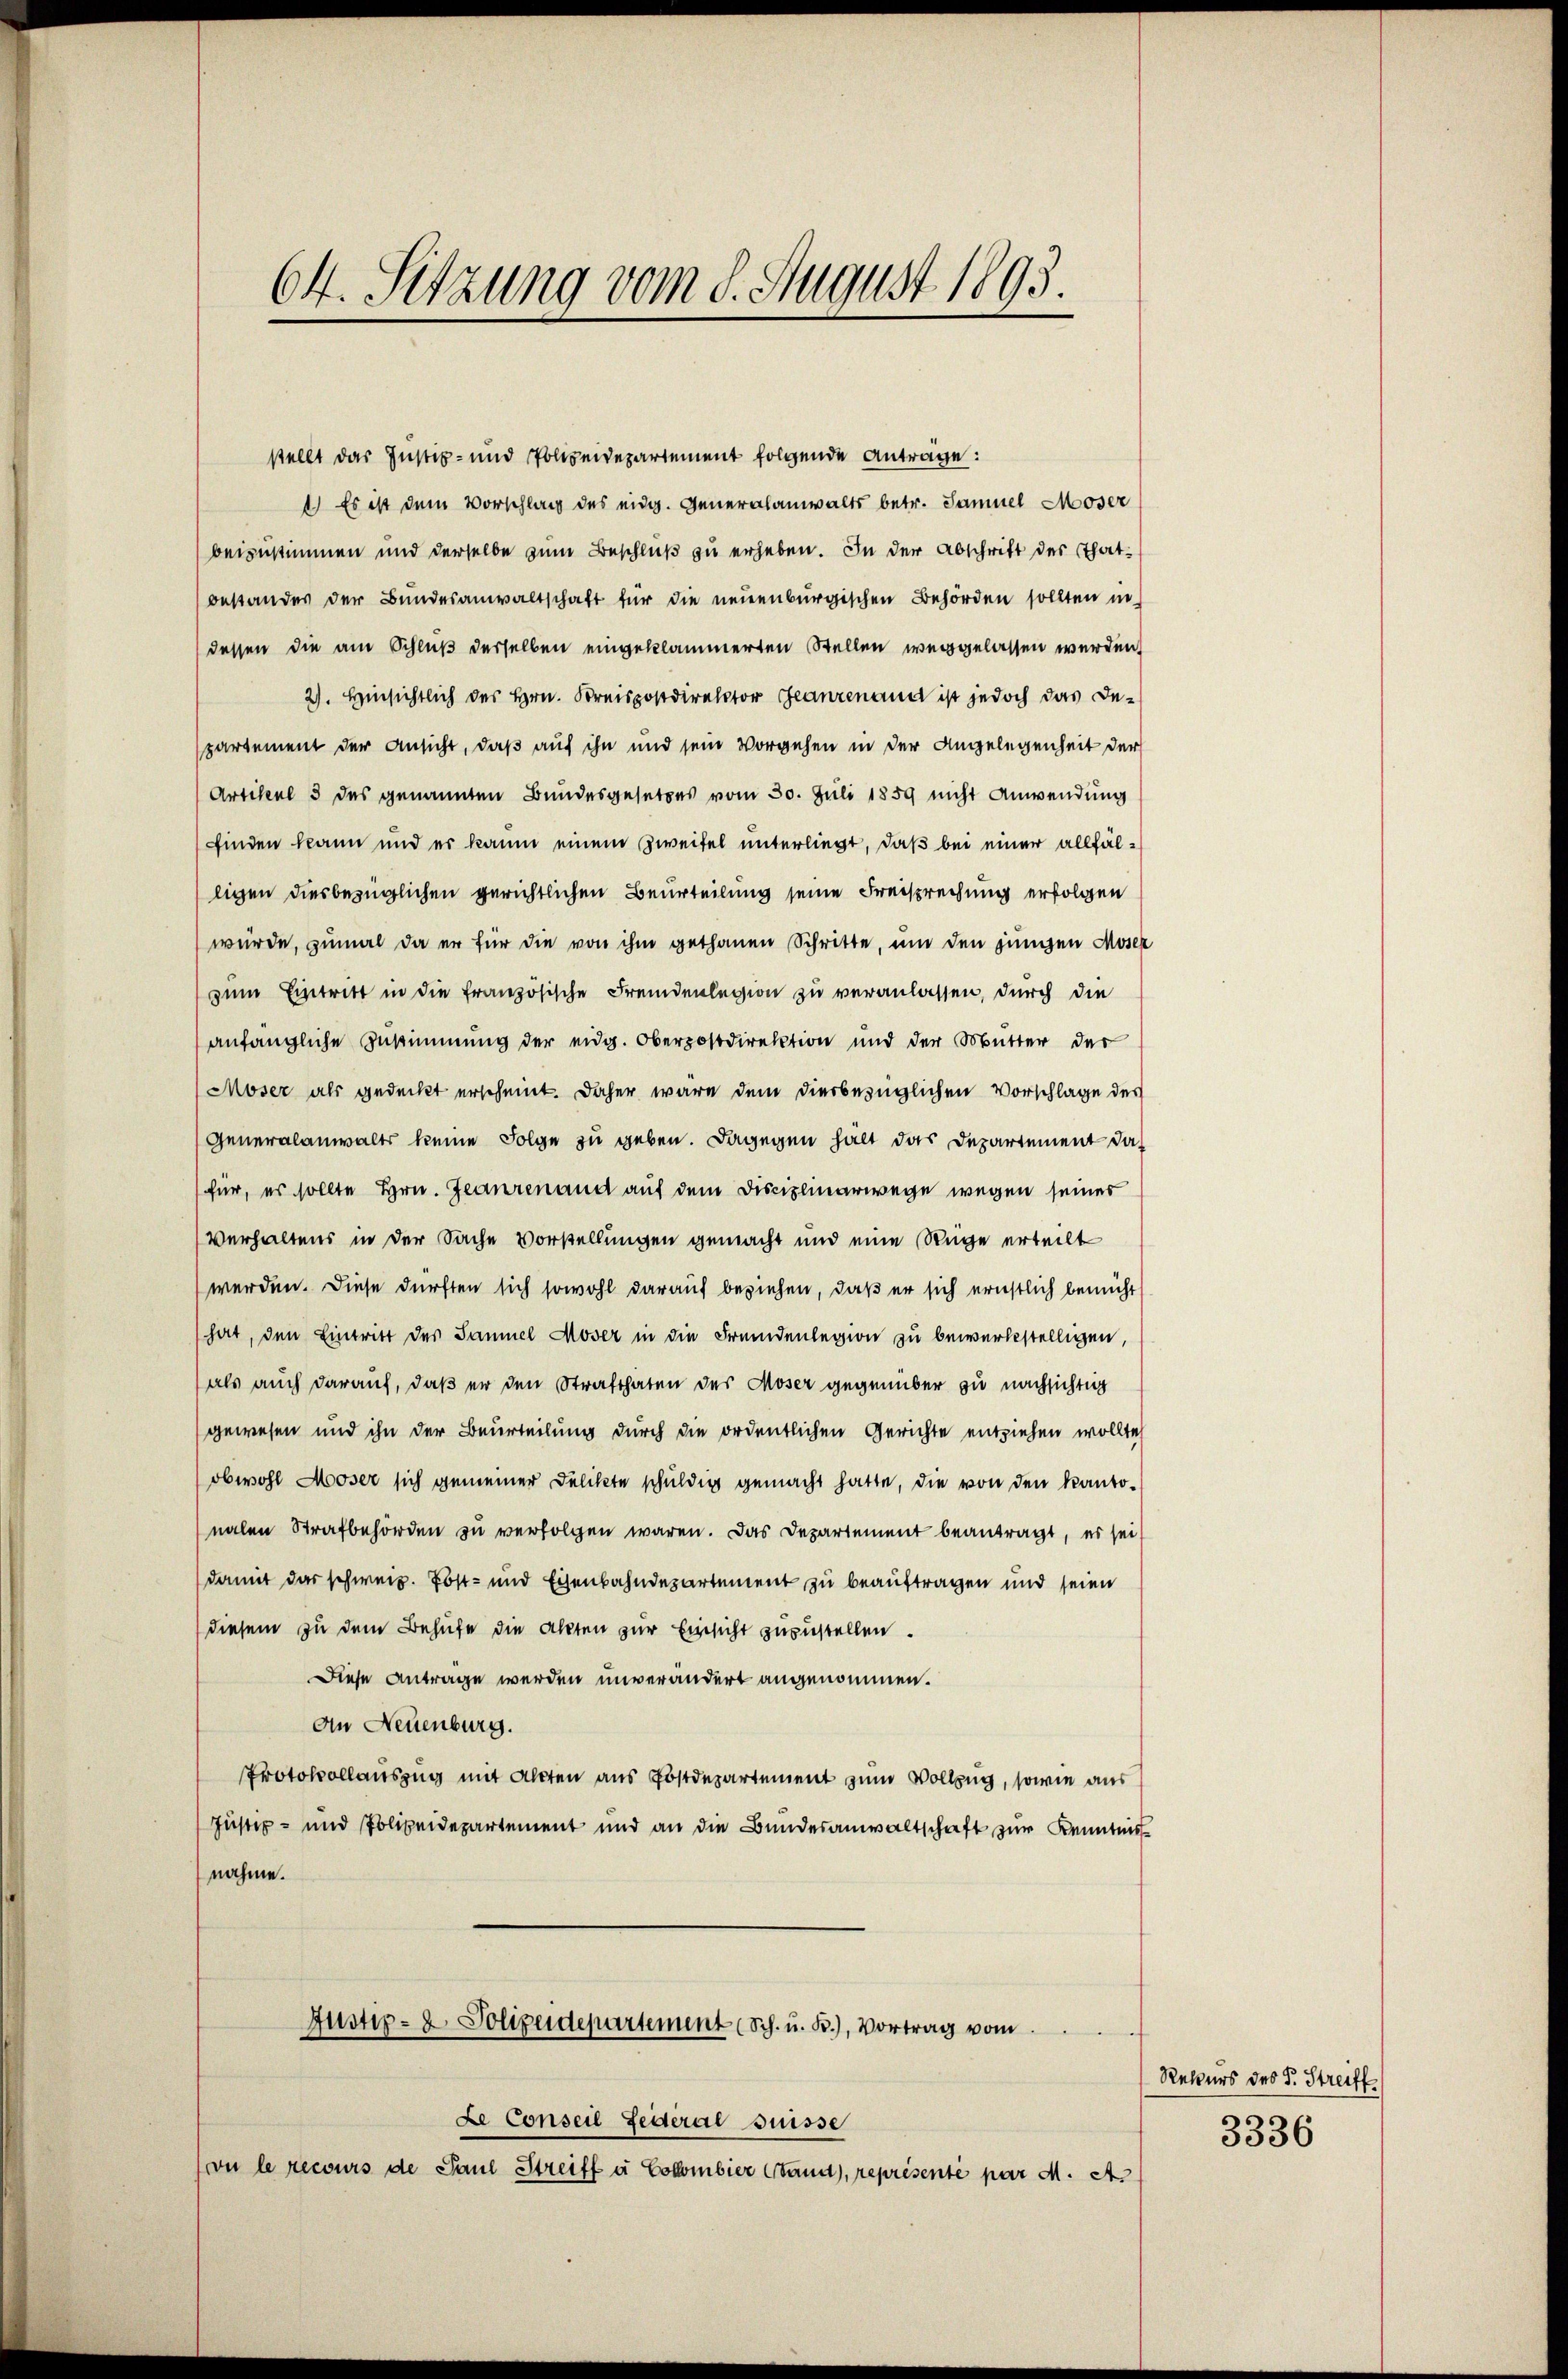
64. Sitzung vom 8. August 1893.

stellt das Justiz- und Polizeidepartement folgende Anträge:
1) Es ist dem Vorschlag des eidg. Generalanwalts betr. Samuel Moser
beizustimmen und derselbe zum Beschluß zu erheben. In der Abschrift der Thatbestandes der Bundesanwaltschaft für die neuenburgischen Behörden sollten in
dessen die am Schluß derselben eingeklammerten Stellen weggelassen werden,
2). Hinsichtlich des Hrn. Kreispostdirektor Ganzenand ist jedoch das De-
partement der Ansicht, daß auf ihn und sein Vorgehen in der Angelegenheit der
Artikel 5 des genannten Bundesgesetzes vom 30. Juli 1859 nicht Anwendung
finden kann und er kaum einem Zweifel unterliegt, daß bei einer allfälligen diesbezüglichen gerichtlichen Beurteilung seine Freisprechung erfolgen
würde, zumal da er für die von ihm gethanen Schritte, um den jungen Moser
zum Eintritt in die französische Fremdenlegion zu veranlassen, durch die
anfängliche Zustimmung der eidg. Oberpostdirektion und der Mutter der
Moser als gedeckt erscheint. Daher wäre dem diesbezüglichen Vorschlage des
Generalanwalts keine Folge zu geben. Dagegen halt das Departement das
für, es sollte Hrn. Jeanrenand auf dem Disciplinarwege wegen seiner
Verhaltens in der Sache Vorstellungen gemacht und eine Rüge erteilt
werden. Diese dürften sich sowohl darauf beziehen, daß er sich ernstlich bemüht
hat, den Eintritt des Samuel Moser in die Fremdenlegion zu bewerkstelligen,
als auch darauf, daß er den Strafthaten des Moser gegenüber zu nachsichtig
gewesen und ihn der Beurteilung durch die ordentlichen Gerichte entziehen wollte,
obwohl Moser sich gemeiner Delikte schuldig gemacht hatte, die von den kantonalen Strafbehörden zu verfolgen waren. Das Departement beantragt, es sei
damit das schweiz. Post- und Eisenbahndepartement zu beauftragen und seien
diesem zu dem Behufe die Akten zur Einsicht zuzustellen.
Diese Antrage werden unverändert angenommen.
An Neuenburg.
Protokollauszug mit Akten aus Postdepartement zum Vollzug, sowie aus
Justiz- und Polizeidepartement und an die Bundesanwaltschaft zur Kenntnis
nahme.
Justiz- & Polizeidepartement (Sch. u. B.), Vortrag vom
Le Conseil Leiteral Suisse
vu le recours de Paul Streiff a Colombier Stand), représenté par M. A.

Rekurs des F. Streiff
3336